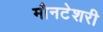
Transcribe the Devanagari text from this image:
मौनटेशरी